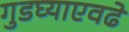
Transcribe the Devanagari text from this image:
गुडघ्याएवढे